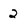
Character: 2